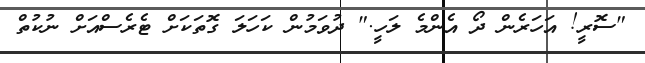
"ސޮރީ! އަހަރެން ދޯ އެންމެ ލަހީ." ދުވަމުން ކަހަލަ ގޮތަކަށް ޓެރެސްއަށް ނުކުތް